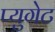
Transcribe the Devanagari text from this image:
प्युगेट